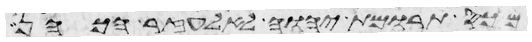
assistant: מכס תרומת יהוה לאלעזר הכהן